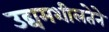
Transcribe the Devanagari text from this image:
उद्यमशीलतेने